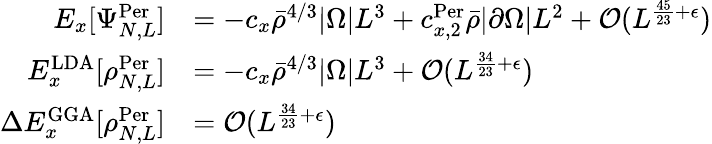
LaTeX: \begin{array}{rl}{E_{x}[\Psi_{N,L}^{\textnormal{Per}}]}&{=-c_{x}\bar{\rho}^{4/3}|\Omega|L^{3}+c_{x,2}^{\textnormal{Per}}\bar{\rho}|\partial\Omega|L^{2}+\mathcal{O}(L^{\frac{45}{23}+\epsilon})}\\ {E_{x}^{\mathrm{LDA}}[\rho_{N,L}^{\textnormal{Per}}]}&{=-c_{x}\bar{\rho}^{4/3}|\Omega|L^{3}+\mathcal{O}(L^{\frac{34}{23}+\epsilon})}\\ {\Delta E_{x}^{\mathrm{GGA}}[\rho_{N,L}^{\textnormal{Per}}]}&{=\mathcal{O}(L^{\frac{34}{23}+\epsilon})}\end{array}